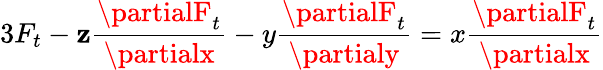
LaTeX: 3F_{t}-\mathbf{z}{\frac{{\partialF_{t}}}{{\partialx}}}-y{\frac{{\partialF_{t}}}{{\partialy}}}=x{\frac{{\partialF_{t}}}{{\partialx}}}